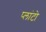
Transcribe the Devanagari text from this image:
प्‍लांटो